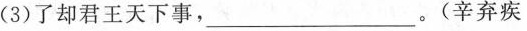
(3)了却君王天下事，___。(辛弃疾